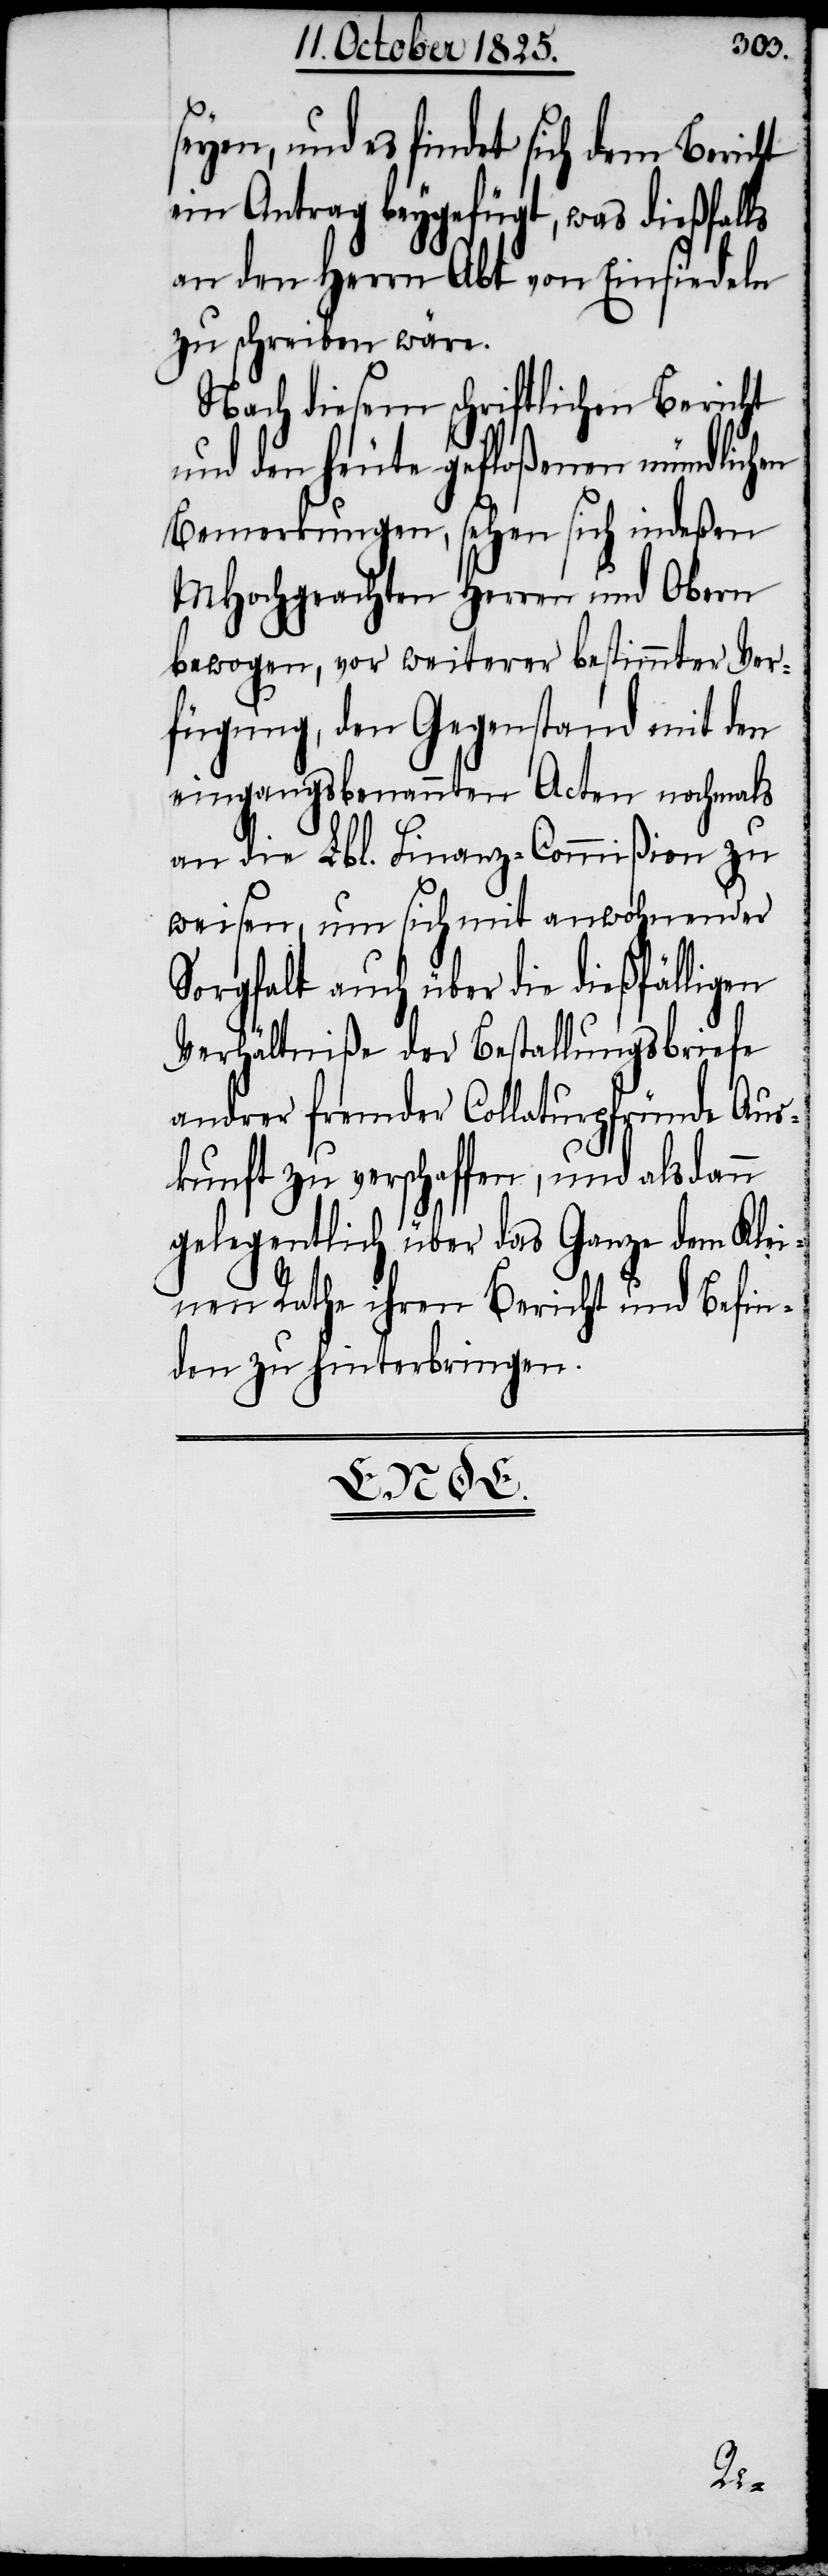
seyen, und es findet sich dem Bericht
ein Antrag beygefügt, was dießfalls
an den Herrn Abt von Einsiedeln
zu schreiben wäre.
Nach diesem schriftlichen Bericht
und den heute gefloßenen mündlichen
Bemerkungen, sehen sich indeßen
MHochgeachten Herren und Obern
bewogen, vor weiterer bestimmter Ver¬
fügung, den Gegenstand mit den
eingangsbenannten Acten nochmals
an die Lbl. Finanz-Commißion zu
weisen, um sich mit anwohnender
Sorgfalt auch über die dießfälligen
Verhältniße der Bestallungsbriefe
andrer fremder Collaturpfründe Aus¬
kunft zu verschaffen, und als dann
gelegentlich über das Ganze dem Klei¬
nen Rathe ihren Bericht und Befin¬
den zu hinterbringen.